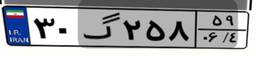
۳۰گ۲۵۸۵۹